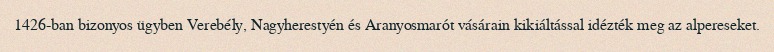
1426-ban bizonyos ügyben Verebély, Nagyherestyén és Aranyosmarót vásárain kikiáltással idézték meg az alpereseket.